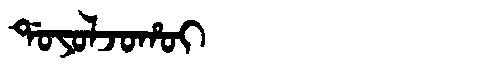
Manchu: ᡩᠣᠶᠣᠯᠵᠣᡥᠣᡳ
Romanization: DOYOLJOHOI